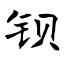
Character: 钡